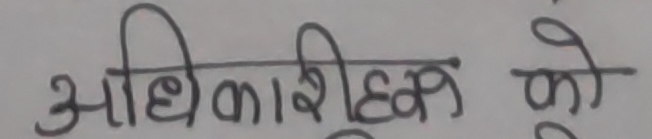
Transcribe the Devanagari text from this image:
अधिकारीहरू को